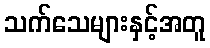
သက်သေများနှင့်အတူ